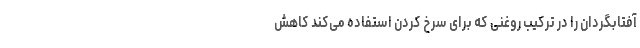
آفتابگردان را در ترکیب روغنی که برای سرخ کردن استفاده می‌کند کاهش